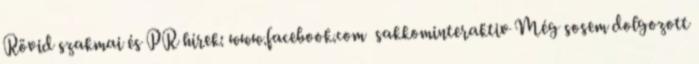
Rövid szakmai és PR hírek: www.facebook.com sakkominteraktiv Még sosem dolgozott